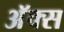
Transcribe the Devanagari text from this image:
अॅक्स